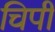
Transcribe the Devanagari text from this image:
चिपी